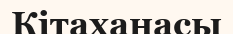
Кітаханасы